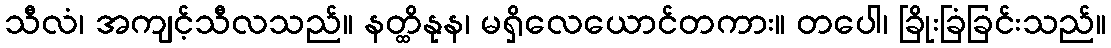
သီလံ၊ အကျင့်သီလသည်။ နတ္ထိနုန၊ မရှိလေယောင်တကား။ တပေါ၊ ခြိုးခြံခြင်းသည်။